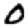
Digit: 0